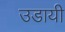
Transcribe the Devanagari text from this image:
उडायी